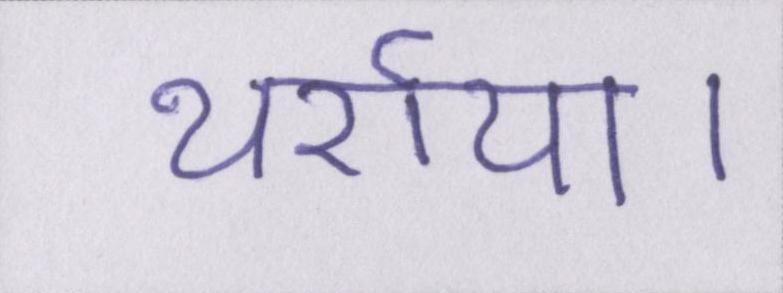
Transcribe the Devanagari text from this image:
थर्राया।